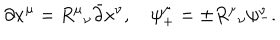
\partial x ^ { \mu } = R ^ { \mu } { } _ { \nu } \bar { \partial } x ^ { \nu } , \quad \psi _ { + } ^ { \mu } = \pm R ^ { \mu } { } _ { \nu } \psi _ { - } ^ { \nu } .